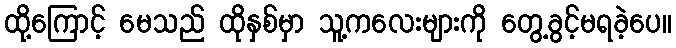
ထို့ကြောင့် မေသည် ထိုနှစ်မှာ သူ့ကလေးများကို တွေ့ခွင့်မရခဲ့ပေ။